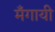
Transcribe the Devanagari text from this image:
मँगायी